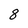
Character: 8